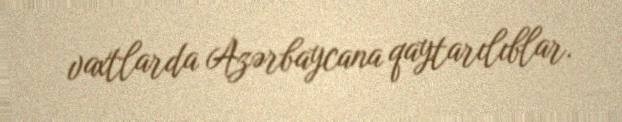
vaxtlarda Azərbaycana qaytarılıblar.